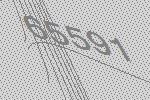
65591